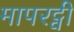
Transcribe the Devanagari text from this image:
मापरट्वी